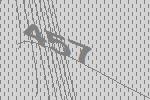
457